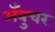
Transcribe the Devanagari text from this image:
अँबुचर